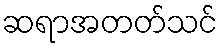
ဆရာအတတ်သင်